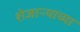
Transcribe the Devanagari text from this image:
शेजाऱ्याच्या